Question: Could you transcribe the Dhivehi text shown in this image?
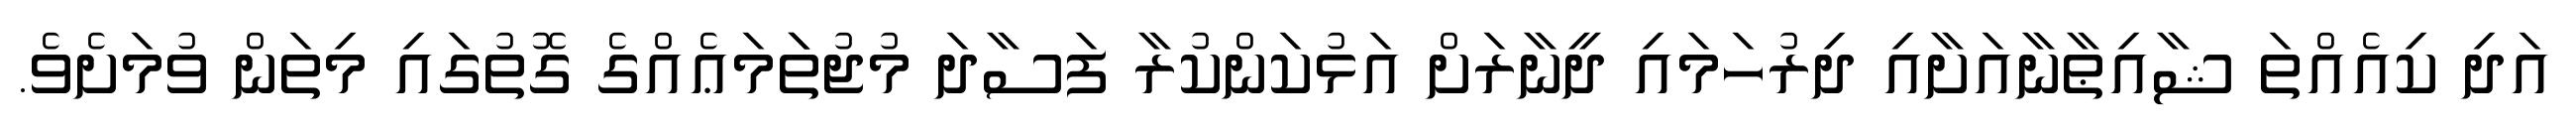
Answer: އަދި ކިއެއްތަ ޝާއިޠާނާއަށާއި ދިރުހަމައި ދީނާރަށް އަޅުކަންކުރާ ފަސާދަ މުޖުތަަމަޢެއްގެ ގޮތުގައި މިތަން ވުމަށެވެ.